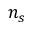
n _ { s }